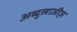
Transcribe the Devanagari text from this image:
अब्दुलाजी़ज़